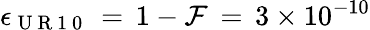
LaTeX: \epsilon_{\mathrm{~U~R~1~0~}}\, =\, 1-\mathcal{F}\, =\, 3\times 10^{-10}